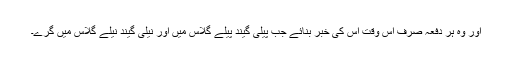
اور وہ ہر دفعہ صرف اس وقت اس کی خبر بنائے جب پیلی گیند پیلے گلاس میں اور نیلی گیند نیلے گلاس میں گرے۔